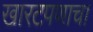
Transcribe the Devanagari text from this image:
खारटपणाचा